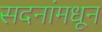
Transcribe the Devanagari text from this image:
सदनांमधून